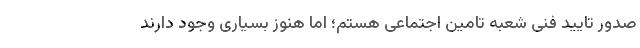
صدور تاییدِ فنی شعبه تامین اجتماعی هستم؛ اما هنوز بسیاری وجود دارند